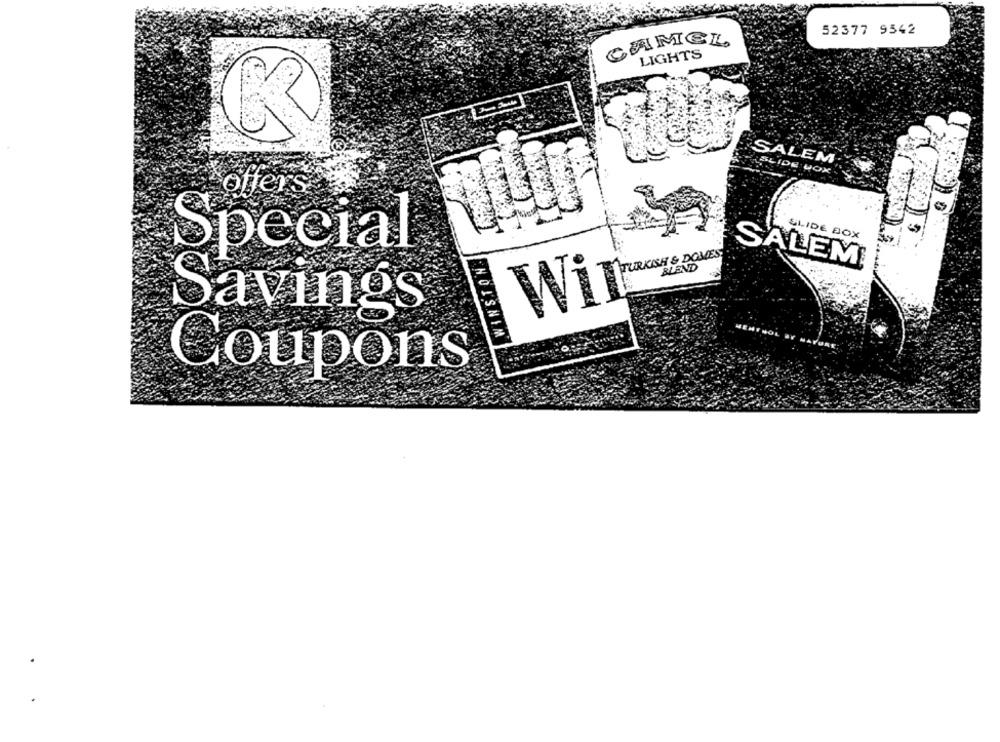
52377 9542
CAMEL
LIGHTS
SALEM
SLIDE VOX.
offers
SLIDE BOX
Special
TURKISH & DOMES
BLEND
-
SALEM
Savings
CHOISNIM
Coupons